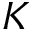
K